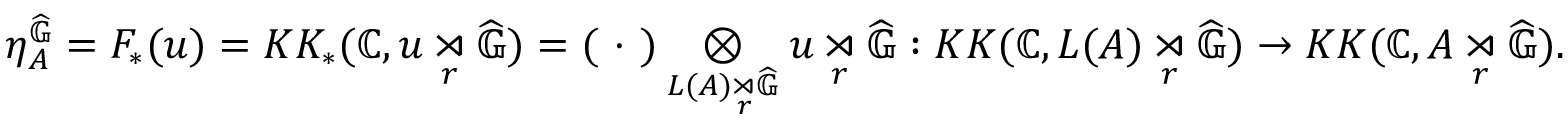
\begin{array} { r } { \eta _ { A } ^ { \widehat { \mathbb { G } } } = F _ { * } ( u ) = K K _ { * } ( \mathbb { C } , u \underset { r } { \rtimes } \widehat { \mathbb { G } } ) = ( \ \cdot \ ) \underset { L ( A ) \underset { r } { \rtimes } \widehat { \mathbb { G } } } { \otimes } u \underset { r } { \rtimes } \widehat { \mathbb { G } } : K K ( \mathbb { C } , L ( A ) \underset { r } { \rtimes } \widehat { \mathbb { G } } ) \rightarrow K K ( \mathbb { C } , A \underset { r } { \rtimes } \widehat { \mathbb { G } } ) . } \end{array}